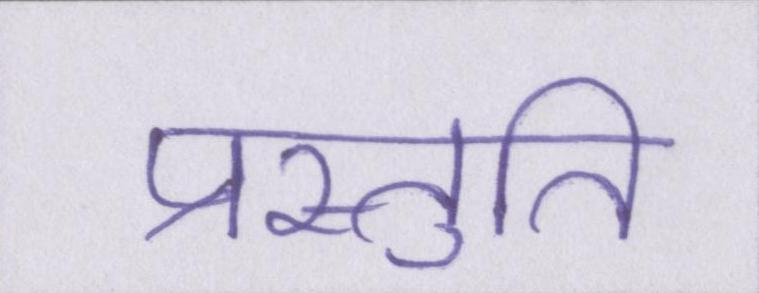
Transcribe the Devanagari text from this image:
प्रस्तुति